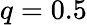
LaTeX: q=0.5